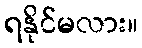
ရနိုင်မလား။